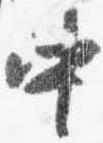
中